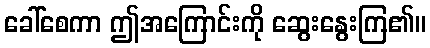
ခေါ်စေကာ ဤအကြောင်းကို ဆွေးနွေးကြ၏။